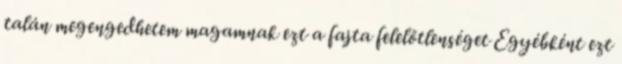
talán megengedhetem magamnak ezt a fajta felelőtlenséget Egyébként ezt